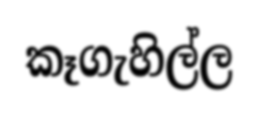
කෑගැහිල්ල